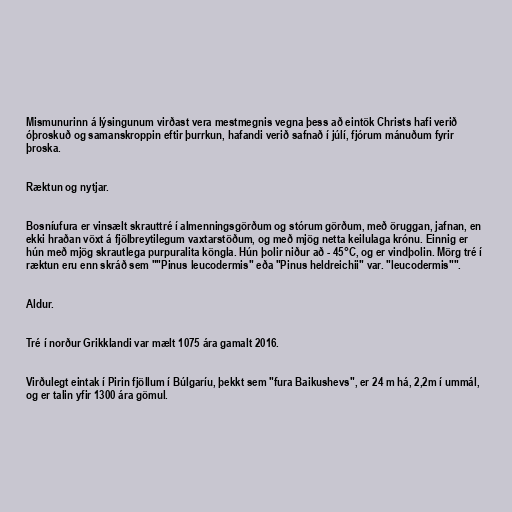
Mismunurinn á lýsingunum virðast vera mestmegnis vegna þess að eintök Christs hafi verið
óþroskuð og samanskroppin eftir þurrkun, hafandi verið safnað í júlí, fjórum mánuðum fyrir
þroska.

Ræktun og nytjar.

Bosníufura er vinsælt skrauttré í almenningsgörðum og stórum görðum, með öruggan, jafnan, en
ekki hraðan vöxt á fjölbreytilegum vaxtarstöðum, og með mjög netta keilulaga krónu. Einnig er
hún með mjög skrautlega purpuralita köngla. Hún þolir niður að - 45°C, og er vindþolin. Mörg tré í
ræktun eru enn skráð sem ""Pinus leucodermis" eða "Pinus heldreichii" var. "leucodermis"".

Aldur.

Tré í norður Grikklandi var mælt 1075 ára gamalt 2016.

Virðulegt eintak í Pirin fjöllum í Búlgaríu, þekkt sem "fura Baikushevs", er 24 m há, 2,2m í ummál,
og er talin yfir 1300 ára gömul.